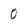
Character: 0